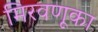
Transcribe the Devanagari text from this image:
मिरवणूका